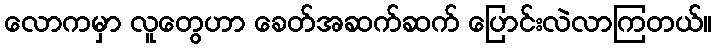
လောကမှာ လူတွေဟာ ခေတ်အဆက်ဆက် ပြောင်းလဲလာကြတယ်။